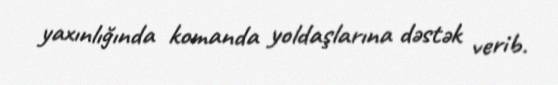
yaxınlığında komanda yoldaşlarına dəstək verib.